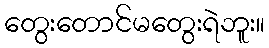
တွေးတောင်မတွေးရဲဘူး။